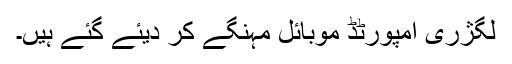
لگژری امپورٹڈ موبائل مہنگے کر دیئے گئے ہیں۔